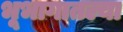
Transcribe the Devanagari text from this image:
भूभागातल्या